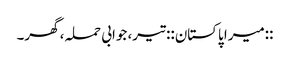
::میرا پاکستان:: تیر، جوابی حملہ، گھر۔